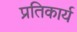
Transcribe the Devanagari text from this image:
प्रतिकार्य